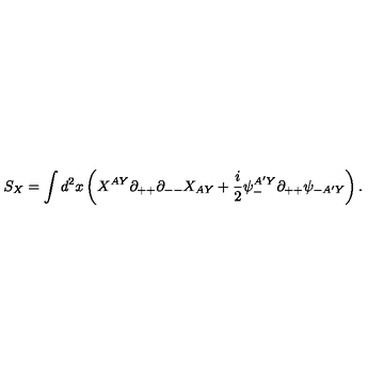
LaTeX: S _ { X } = \int d ^ { 2 } x \left( X ^ { A Y } \partial _ { + + } \partial _ { -- } X _ { A Y } + { \frac { i } { 2 } } \psi _ { - } ^ { A ^ { \prime } Y } \partial _ { + + } \psi _ { - A ^ { \prime } Y } \right) .